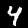
Label: 4